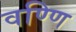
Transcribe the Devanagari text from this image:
वण्णि